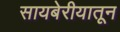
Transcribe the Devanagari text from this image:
सायबेरीयातून